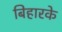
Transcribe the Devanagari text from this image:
बिहारके